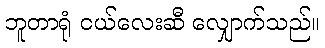
ဘူတာရုံ ငယ်လေးဆီ လျှောက်သည်။